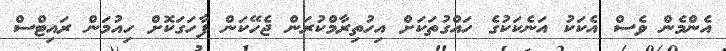
އެންމެން ވެސް އެކަކު އަނެކަކުގެ ހައްގުތަކަށް އިހުތިރާމްކުރަން ޖެހޭކަން ފާހަގަކޮށް ހިއުމަން ރައިޓްސް